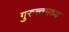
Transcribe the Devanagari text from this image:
गुरुत्त्वमध्य